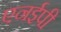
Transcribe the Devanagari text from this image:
एनईपी